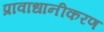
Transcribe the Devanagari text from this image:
प्रावाधानीकरण